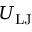
U _ { \mathrm { L J } }